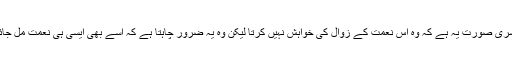
دوسری صورت یہ ہے کہ وہ اس نعمت کے زوال کی خواہش نہیں کرتا لیکن وہ یہ ضرور چاہتا ہے کہ اسے بھی ایسی ہی نعمت مل جائے۔